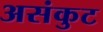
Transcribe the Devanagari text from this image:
असंकुट